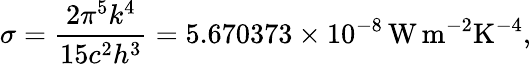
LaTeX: \sigma={\frac{2\pi^{5}k^{4}}{15c^{2}h^{3}}}=5.670373\times 10^{-8}\, \mathrm{W\, m^{-2}K^{-4}},